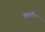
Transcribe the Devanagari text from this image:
कळरि